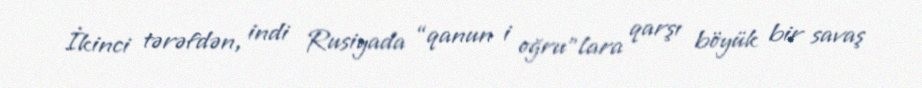
İkinci tərəfdən, indi Rusiyada “qanun i oğru”lara qarşı böyük bir savaş